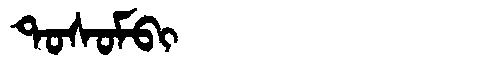
Manchu: ᡨᠣᠰᠣᠮᠪᡳ
Romanization: TOSOMBI